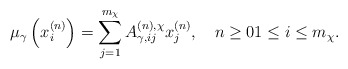
\begin{align*}\mu_\gamma\left( x_i^{(n)} \right) = \sum_{j=1}^{m_\chi}A_{\gamma,ij}^{(n), \chi} x_j^{(n)}, \quad n\ge 0 1\leq i\leq m_\chi.\end{align*}